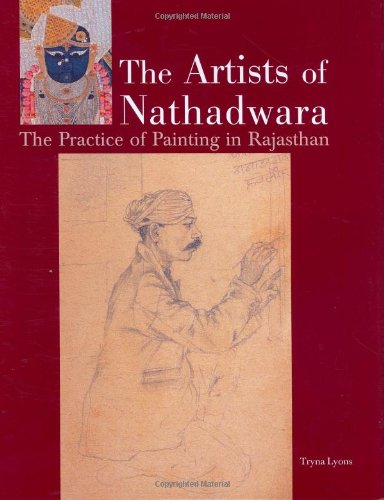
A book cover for The Artists of Nathadwara: The Practice of Painting in Rajasthan; Tryna Lyons; Arts & Photography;